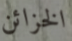
الخزائن